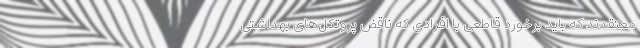
معتقدند که باید برخورد قاطعی با افرادی که ناقض پروتکل‌های بهداشتی